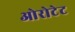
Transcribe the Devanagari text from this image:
ओरोटेट